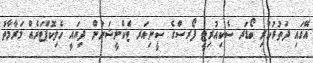
އޭގައި ދަތުރުކުރި ބޯޑަރ ސެކިއުރިޓީ ފޯރސްގެ ސީނިއަރ ޓެކްނީޝަނުން ދިޔައީ ހެލިކޮޕްޓަރެއް މަރާމާތު